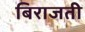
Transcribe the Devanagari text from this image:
बिराजती